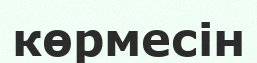
көрмесін